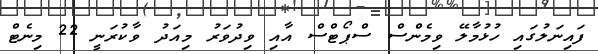
ފައިނަލުގައި ހުޅުމާލޭ ވިމެންސް ސްޕޯޓްސް އާއި ވިދުވަރު މިއަދު ވާކުރަނީ 22 މިނެޓް